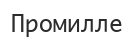
Промилле